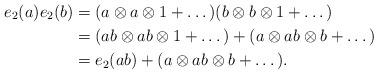
LaTeX: \begin{align*} e_2(a)e_2(b) &= (a\otimes a\otimes 1 + \dots)(b\otimes b \otimes 1 + \dots)\\ &= (ab\otimes ab \otimes 1 + \dots) + (a\otimes ab \otimes b + \dots)\\ &= e_2(ab) + (a\otimes ab \otimes b+\dots). \end{align*}